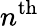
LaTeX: n^{\mathrm{th}}